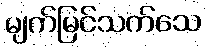
မျက်မြင်သက်သေ